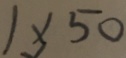
1 \times 5 0